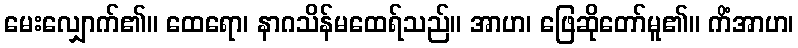
မေးလျှောက်၏။ ထေရော၊ နာဂသိန်မထေရ်သည်။ အာဟ၊ ဖြေဆိုတော်မူ၏။ ကိံအာဟ၊